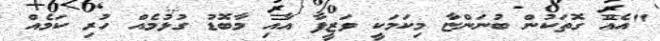
"އެއް ގޮތަކުން ބުނަންޏާ މިކަމަކީ ވަޒީފާ އާއި މާބޮޑު ގުޅުމެއް ހުރި ކަމެއް